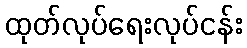
ထုတ်လုပ်ရေးလုပ်ငန်း